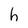
Character: h